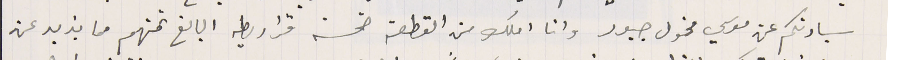
سيادتكم عن موسي مخول جبور وانا املك من القطعة خمسة قراريط البالغ ثمنهم مما يزيد عن